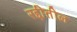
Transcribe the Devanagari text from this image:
रद्दीतील